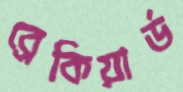
ব্রেকিয়ার্ড